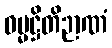
ဓမ္မဋ္ဌိတိဉာဏံ